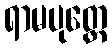
ရာမပုတ္တေ